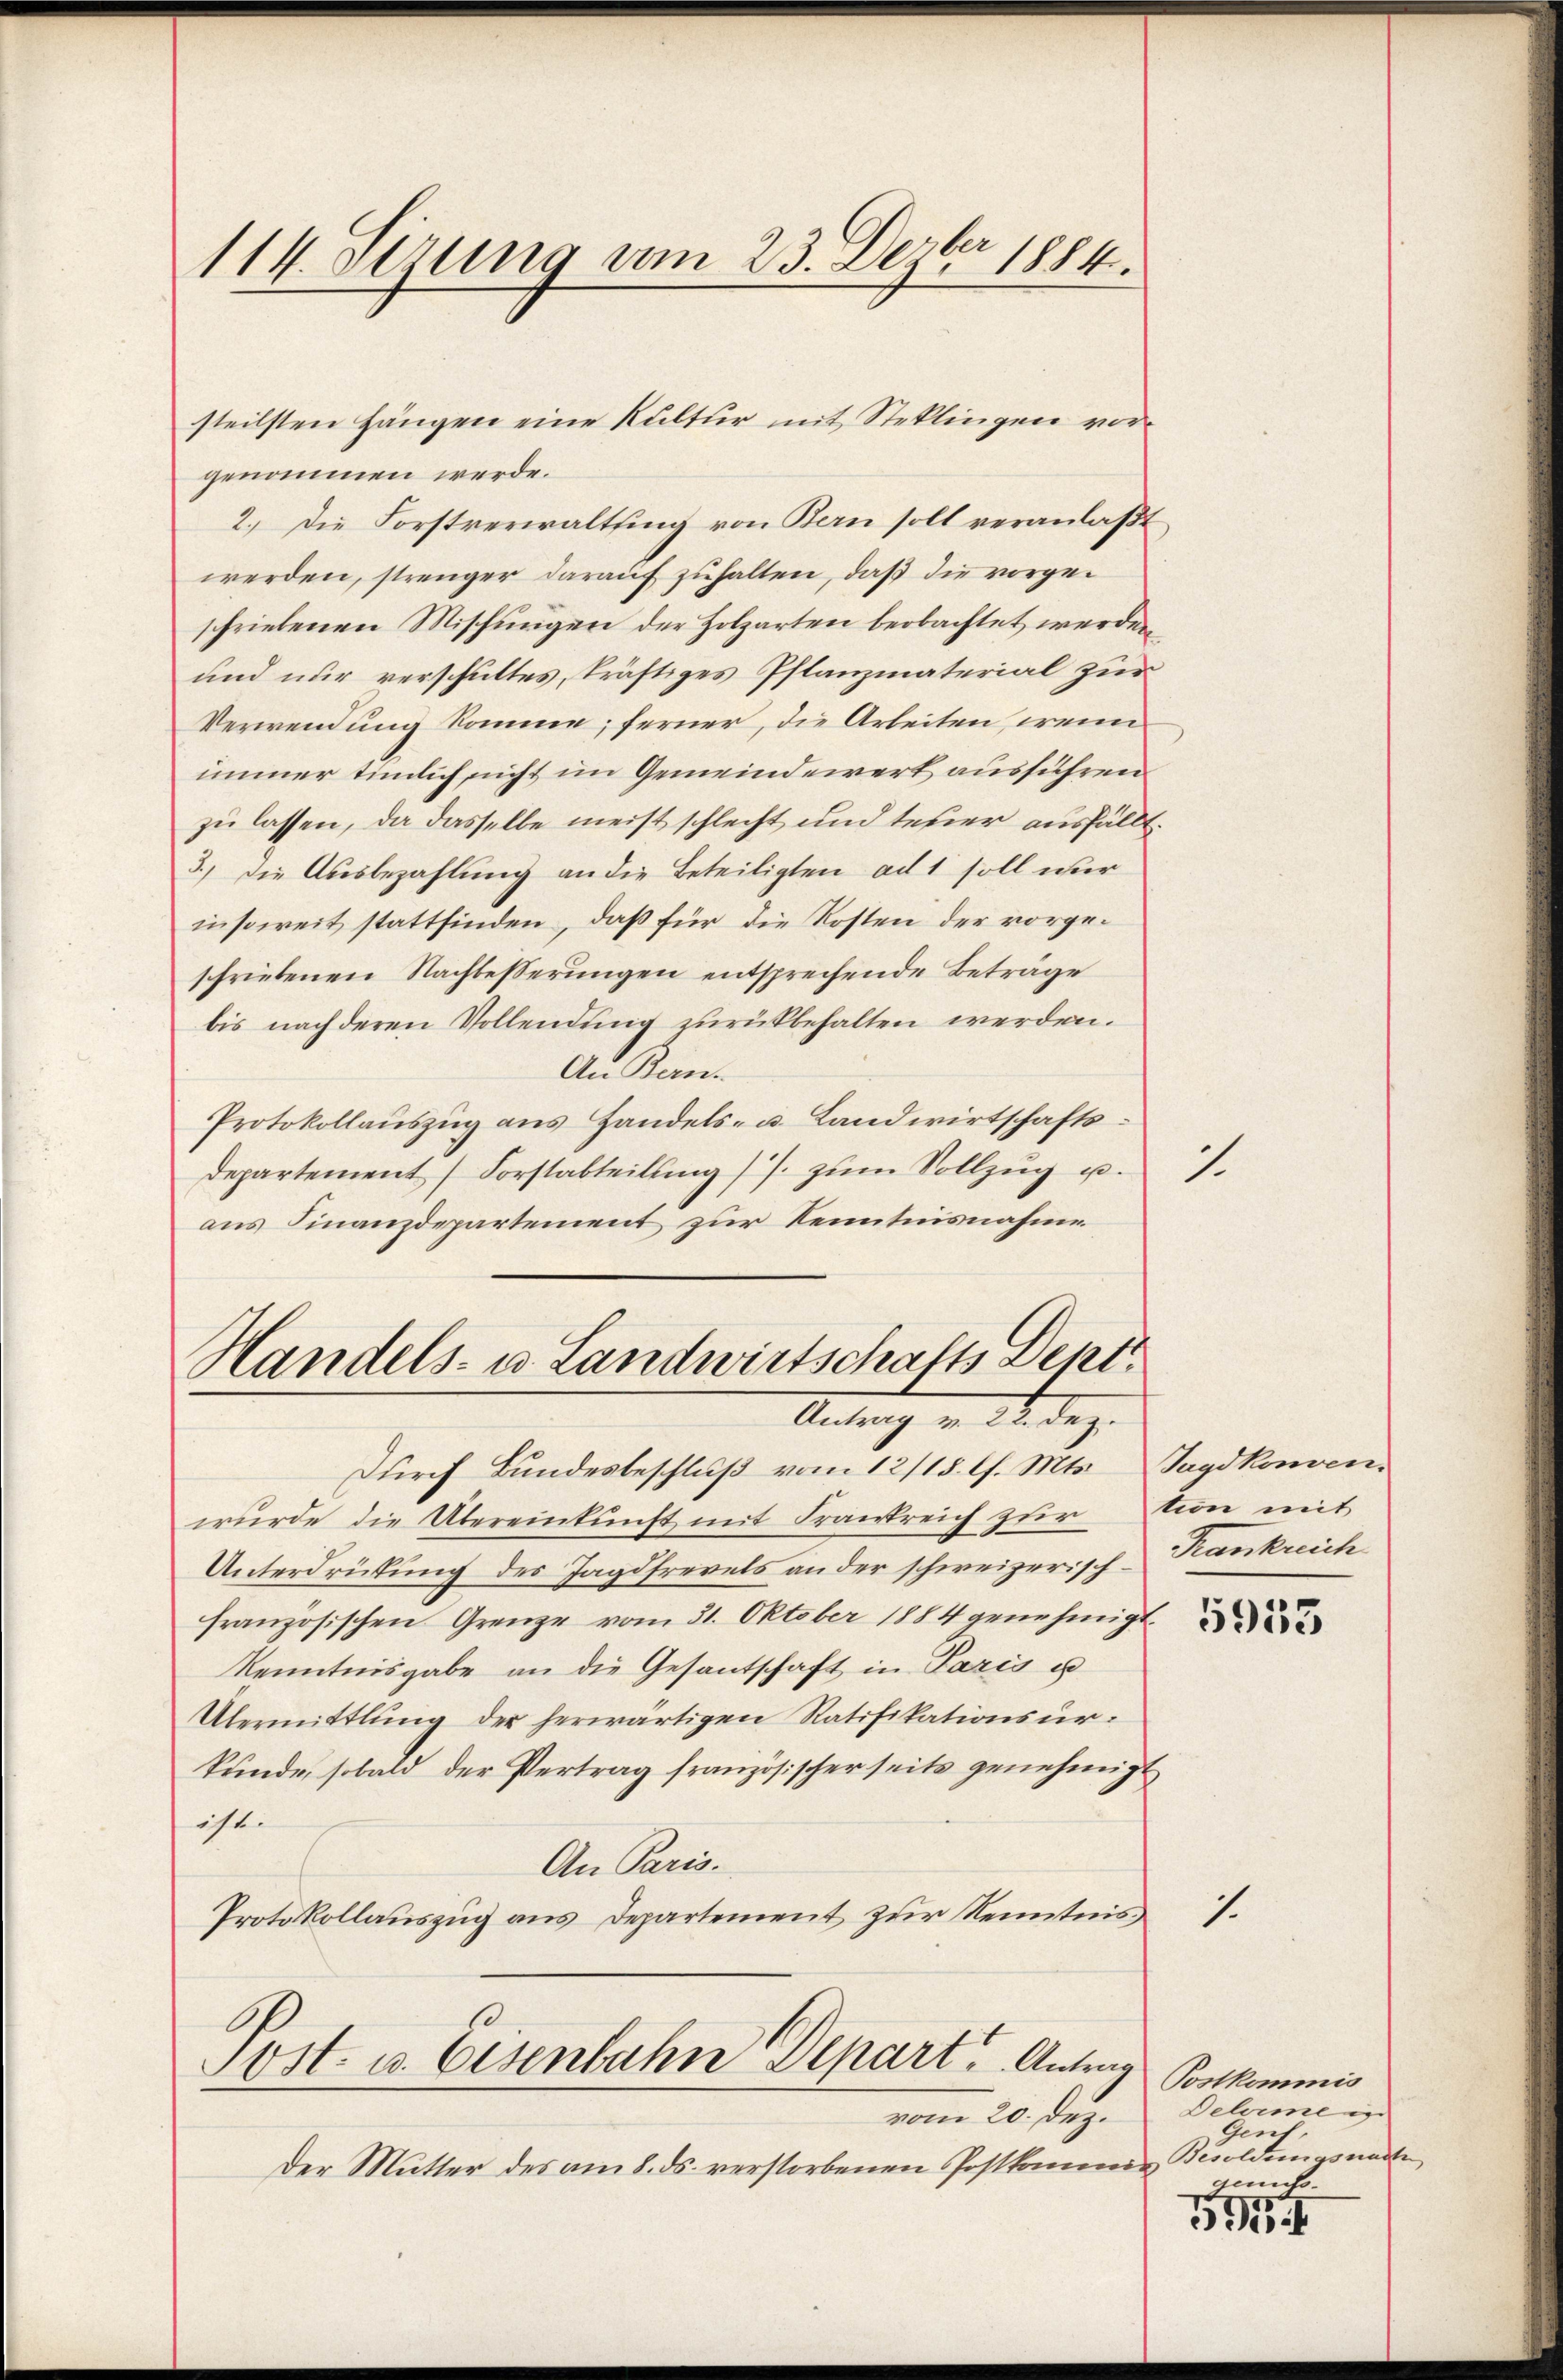
114. Sitzung vom 23. Dezbr 1884.

genommen werde.
2.) Die Forstverwaltung von Kan soll veranlaßt
werden, strenger darauf zuhalten, daß die vorgeschriebenen Mischungen der Holzarten beobachtet werden
und nur verschultes, kräftiges Pflanzmaterial zur
Verwendung komme; ferner, die Arbeiten, wenn
immer timlich nicht im Gemeindewert ausführen
zu lassen, da dasselbe meist schlecht und teuer ausfällt.
3.) die Ausbezahlung an die Beteiligten ad 1 soll wir
insoweit stattfinden, daß für die Kosten der vorgeschriebenen Nachbesserungen entsprechende Betrage
bis nach deren Vollendung zurückbehalten werden.
An Bern
Protokollauszug aus Handels- u. Landwirtschaftsdepartement Forstabteilŭng //. zum Vollzug u.
aus Finanzdepartement zur Kenntnisnahme

steilsten Hängen eine Kultur mit Steklingen vor¬

Handels- u. Landwirtschafts Dekt.
Antrag von 22. dez.

Durch Bundesbeschluß vom 12/15. ds. Mts. Jagdkonvenwŭrde die Übereinkunft mit Frankreich zŭr von mit
Unterdrückung des Jagdfrevels an der schweizerisch-Krankreich
französischen Grenze vom 31. Oktober 1884 genehmigt
Kenntnisgabe an die Gesantschaft in Paris u
Übermittlung der herwärtigen Ratifikationsur-
kunde, sobald der Vertrag französischer seits genehmigt
ist.
An Paris.
Protokollauszug aus Departement zur Kenntnis,
Post- u. Eisenbahn Depart. Antrag
vom 20. Dez.
Der Mutter des am 8. ds. verstorbenen Postkommen Besoldungsnach

1

1.

Postkommis
Deheimen
Genf.
gemut

5